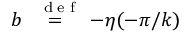
b \stackrel { \mathrm { ~ \tiny ~ { ~ d ~ e ~ f ~ } ~ } } { = } - \eta ( - \pi / k )